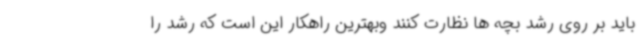
باید بر روی رشد بچه ها نظارت کنند وبهترین راهکار این است که رشد را